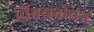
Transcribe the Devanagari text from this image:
विश्वसनीयन